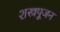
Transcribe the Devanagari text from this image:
शस्त्रपूजन